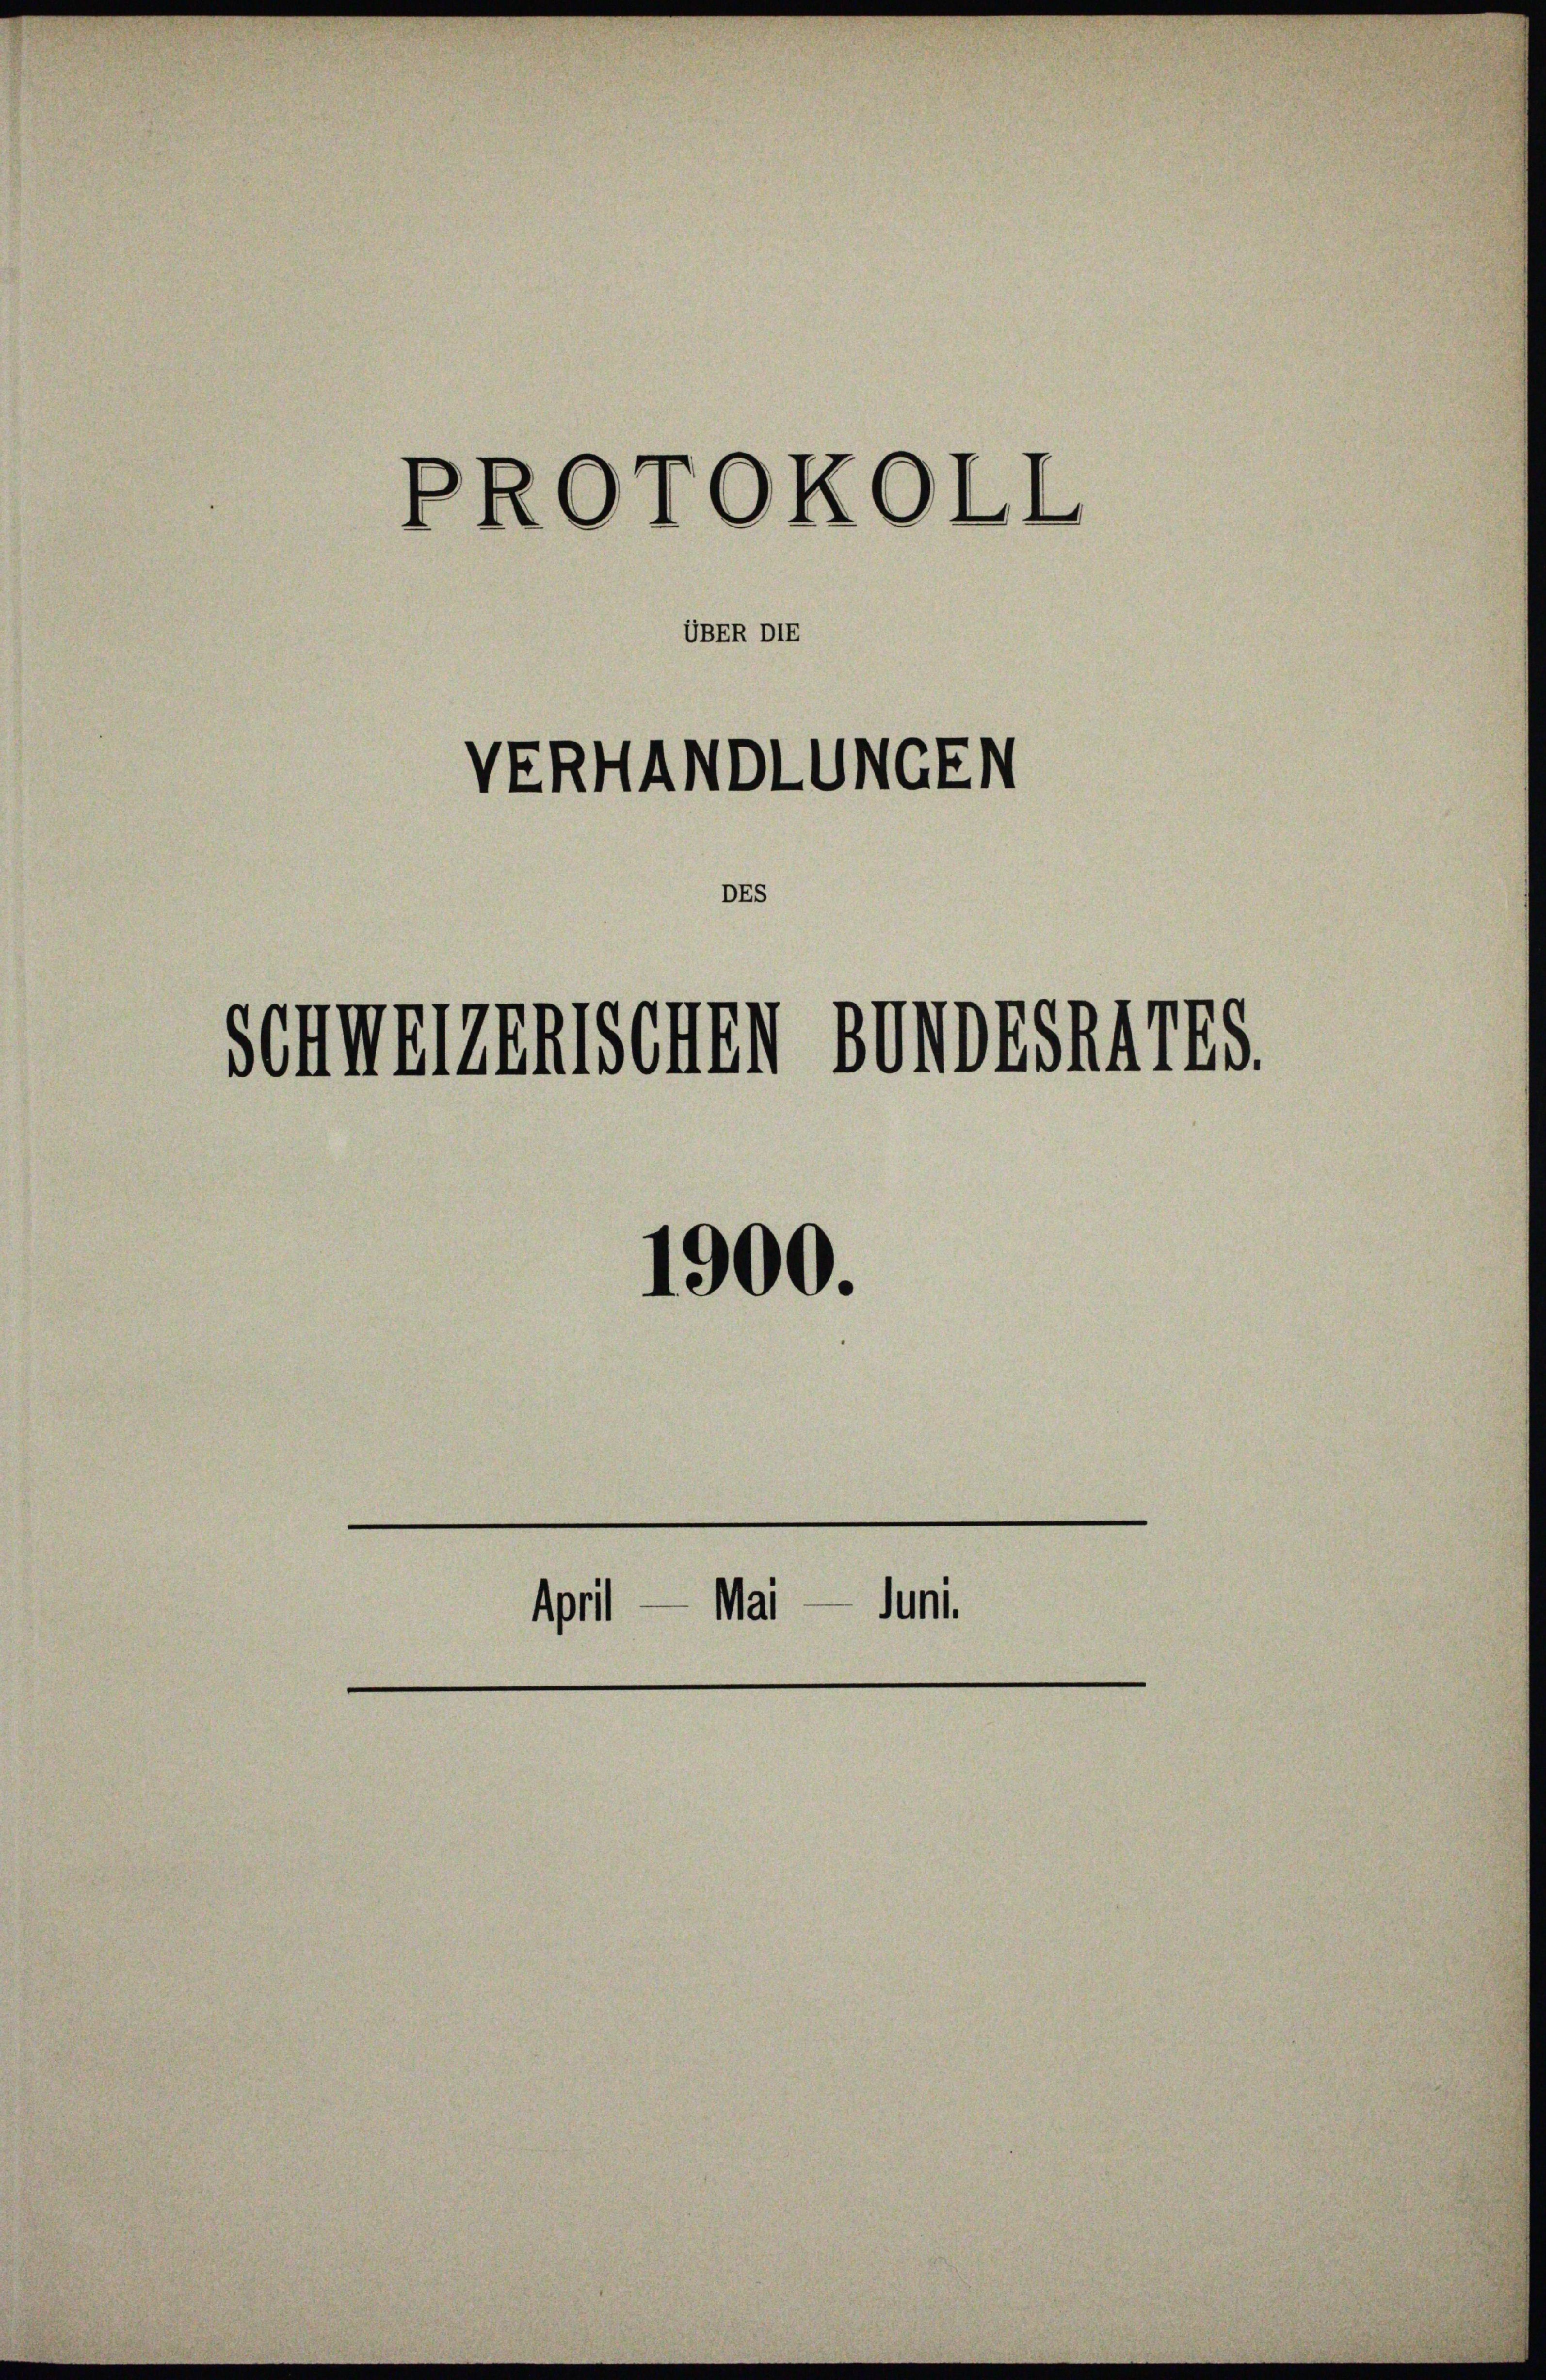
PROTOKOLL
VERHANDLUNGEN
Schmeigenschen Bunden 175.

UBER DIE

1900.

April — Mai — Juni.